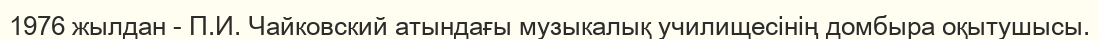
1976 жылдан - П.И. Чайковский атындағы музыкалық училищесінің домбыра оқытушысы.